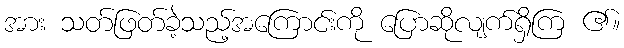
အား သတ်ဖြတ်ခဲ့သည့်အကြောင်းကို ပြောဆိုလျက်ရှိကြ ၏။